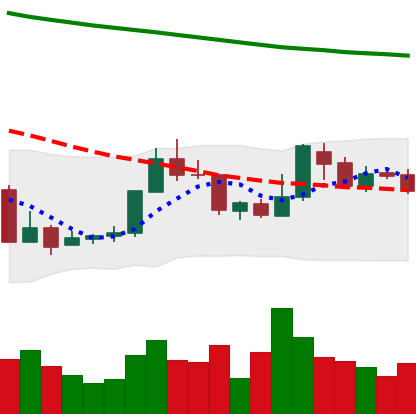
Ticker: XMR-USD
Chart end date: 2018-07-29
Forward return: -11.333%
Label: down_7plus